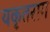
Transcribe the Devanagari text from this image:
यकृतराग